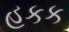
હકક